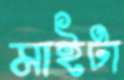
মাইটা